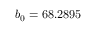
b _ { 0 } = 6 8 . 2 8 9 5